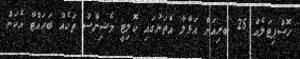
ހޮސްޕިޓަލެއް 25 ބުރިއަށް އަޅާލާ އެތަނުގައި ކޮލިޓީ މެޝިންސް ތަކެއް ބަހައްޓާ އެކަން